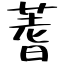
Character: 蓍